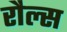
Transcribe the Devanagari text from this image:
रौल्स